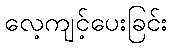
လေ့ကျင့်ပေးခြင်း